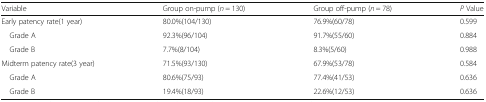
<table><thead><tr><td><b>Variable</b></td><td><b>Group on-pump (<i>n</i> = 130)</b></td><td><b>Group off-pump (<i>n</i> = 78)</b></td><td><b><i>P</i> Value</b></td></tr></thead><tbody><tr><td>Early patency rate(1 year)</td><td>80.0%(104/130)</td><td>76.9%(60/78)</td><td>0.599</td></tr><tr><td> Grade A</td><td>92.3%(96/104)</td><td>91.7%(55/60)</td><td>0.884</td></tr><tr><td> Grade B</td><td>7.7%(8/104)</td><td>8.3%(5/60)</td><td>0.988</td></tr><tr><td>Midterm patency rate(3 year)</td><td>71.5%(93/130)</td><td>67.9%(53/78)</td><td>0.584</td></tr><tr><td> Grade A</td><td>80.6%(75/93)</td><td>77.4%(41/53)</td><td>0.636</td></tr><tr><td> Grade B</td><td>19.4%(18/93)</td><td>22.6%(12/53)</td><td>0.636</td></tr></tbody></table>